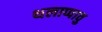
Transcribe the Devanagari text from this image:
थलाप्पावु